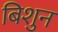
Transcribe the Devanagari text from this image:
बिशुन